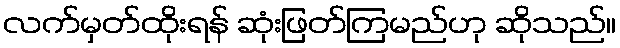
လက်မှတ်ထိုးရန် ဆုံးဖြတ်ကြမည်ဟု ဆိုသည်။